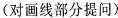
(对画线部分提间)